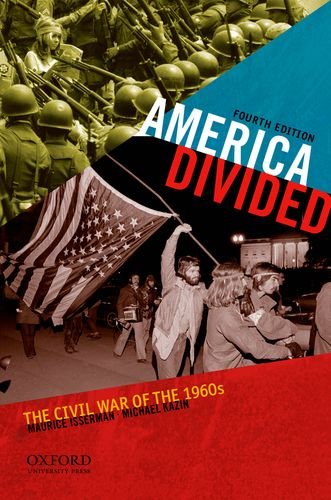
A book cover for America Divided: The Civil War of the 1960s; Maurice Isserman; History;